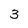
Character: 3